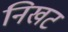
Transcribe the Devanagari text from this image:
निखट